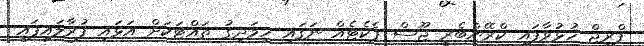
ފްރިޖް ހުޅުވާފައި ކްރޭންބެރީ ޖޫސް ޕެކެޓެއް ނަގައި ހިމަދިގު ތައްޓަކަށް އަޅައި ފުރާލައިފައި